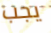
يجب